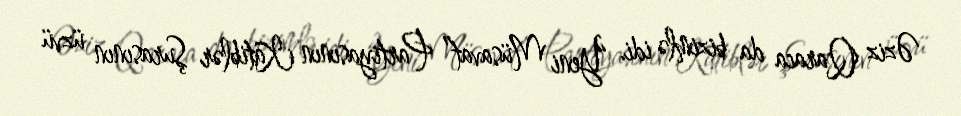
Əziz Qaraca da bizimlə idi. “Yeni Müsavat” Partiyasının Katiblər Şurasının üzvü